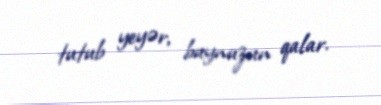
tutub yeyər, buynuzun qalar.